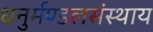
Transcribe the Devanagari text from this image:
धनुर्मण्डलसंस्थाय